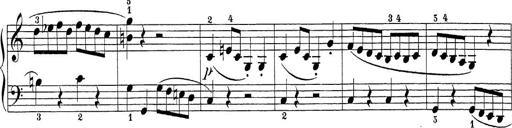
Title: Sonatina Album
Composer: Louis KÃ¶hler